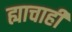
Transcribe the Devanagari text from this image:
ह्याचाही